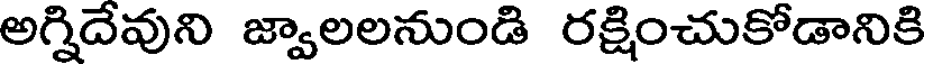
అగ్నిదేవుని జ్వాలలనుండి రక్షించుకోడానికి